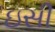
ઇસી